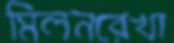
মিলনরেখা